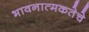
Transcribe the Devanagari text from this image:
भावनात्मकतेचे